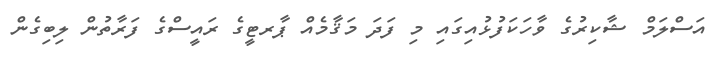
އަސްލަމް ޝާކިރުގެ ވާހަކަފުޅުއިގައި މި ފަދަ މަޤާމެއް ޕާރޓީގެ ރައީސްގެ ފަރާތުން ލިބިގެން